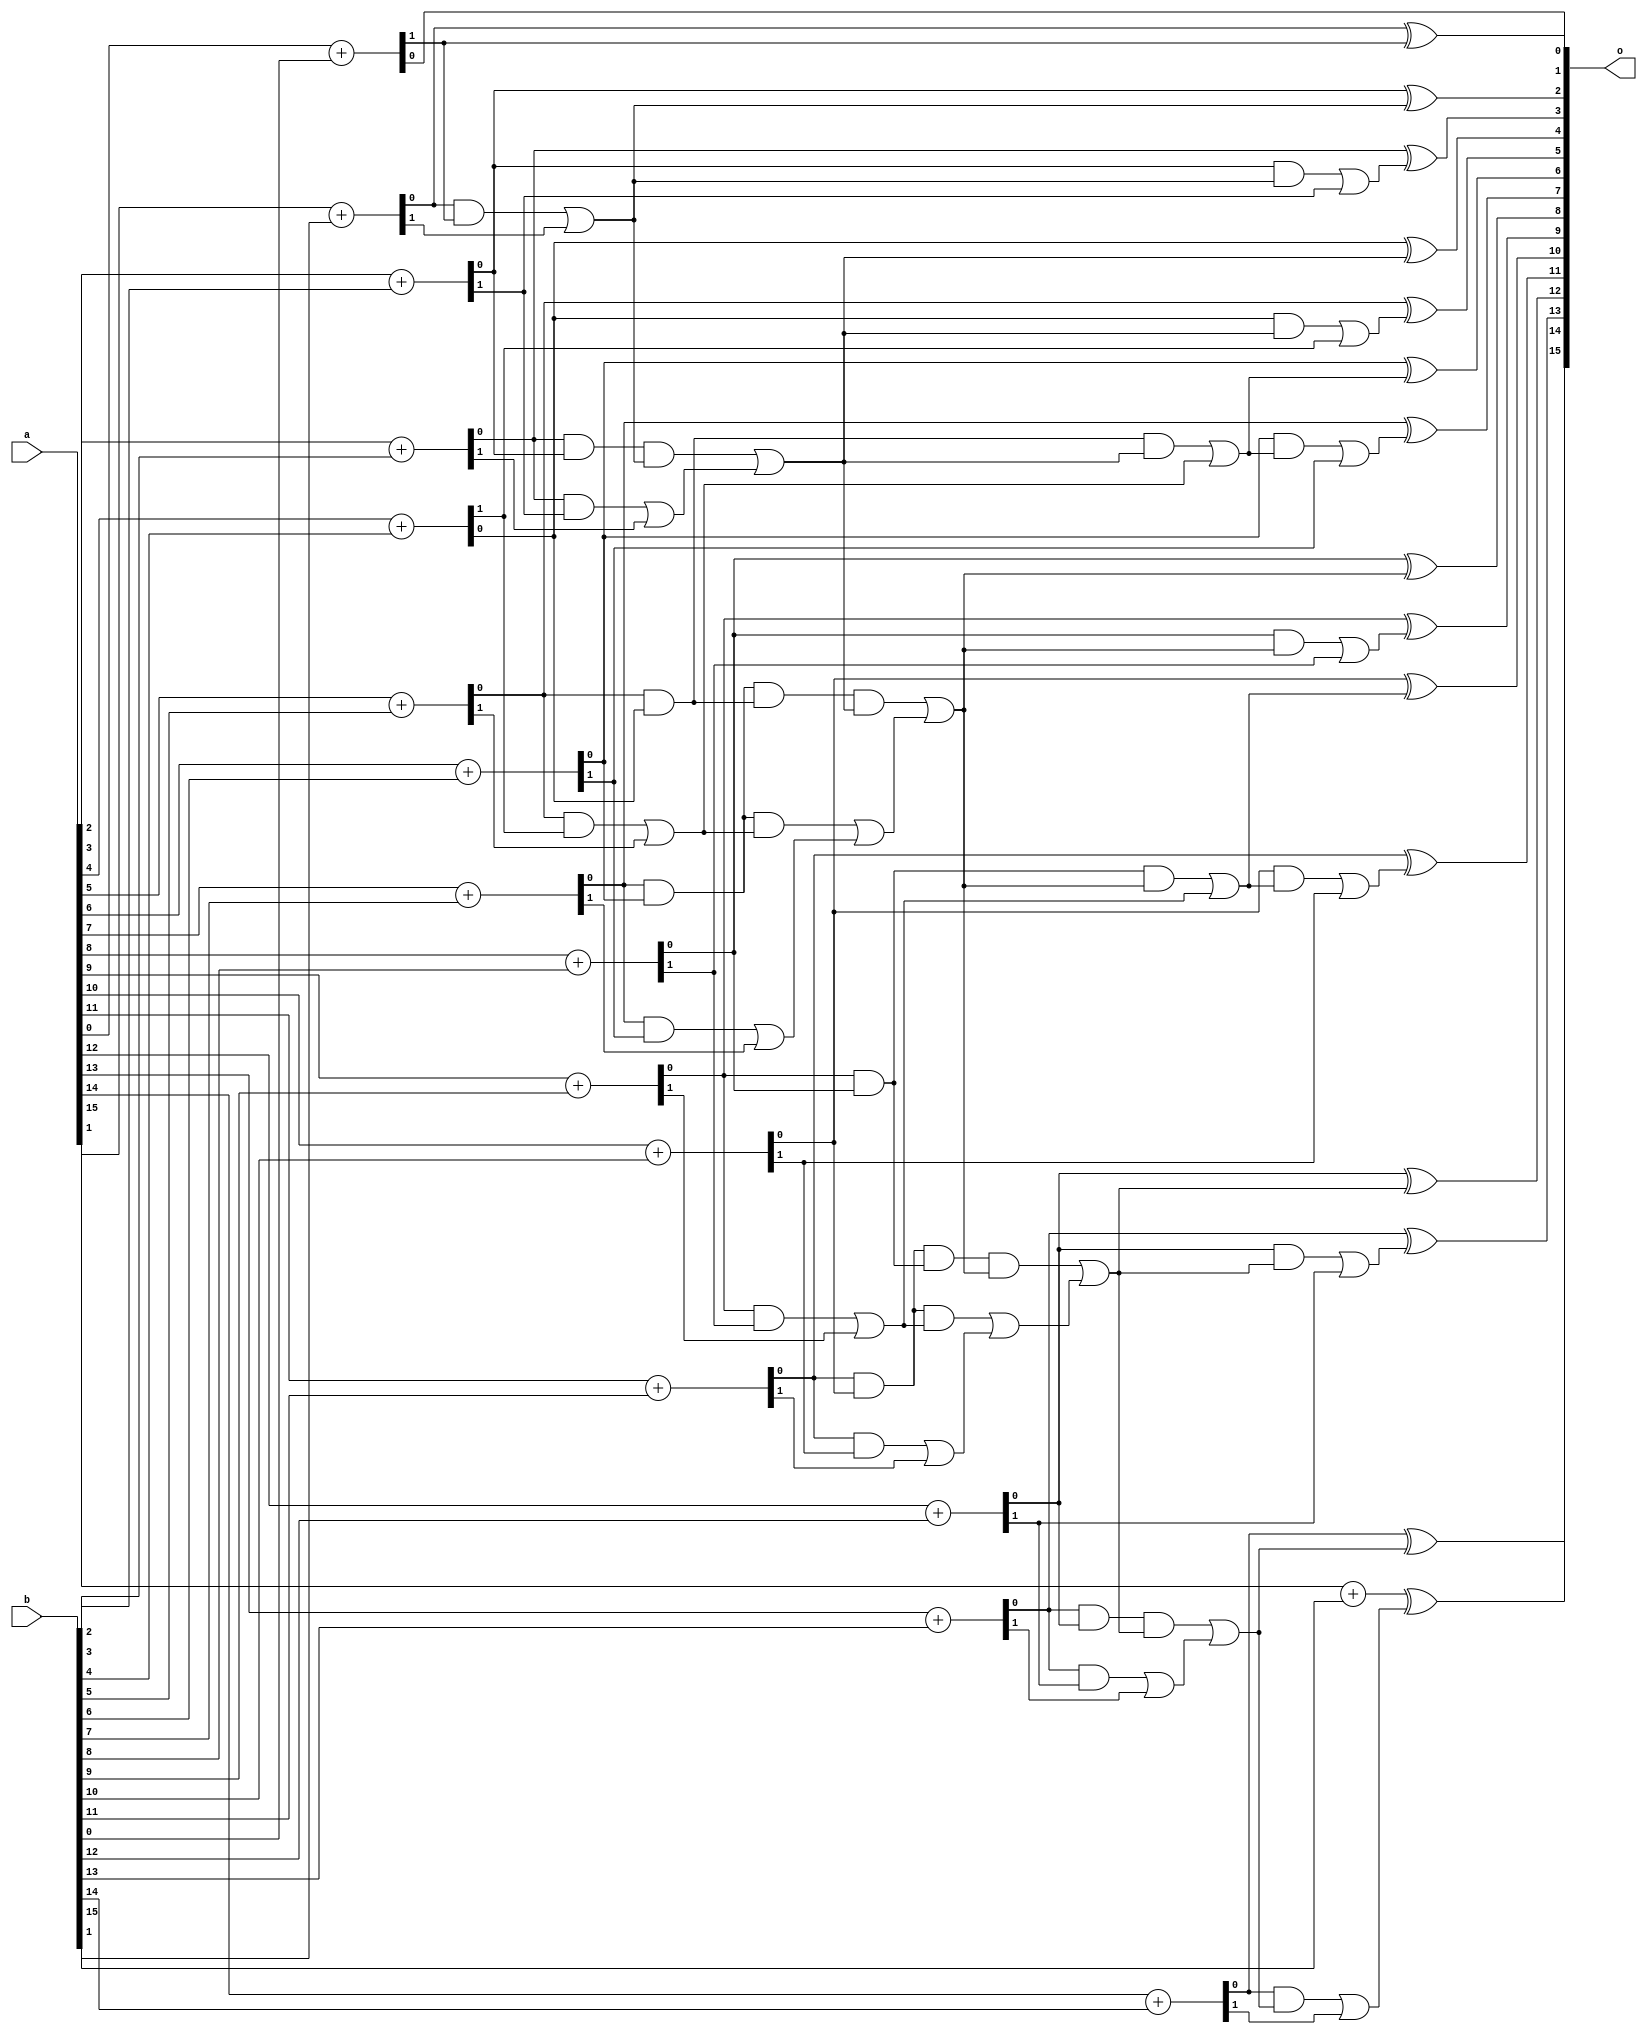
/* Generated by Yosys 0.34 (git sha1 4a1b5599258, gcc 13.2.1 -march=x86-64 -mtune=generic -O2 -fno-plt -fexceptions -fstack-clash-protection -fcf-protection -ffile-prefix-map=/build/yosys/src=/usr/src/debug/yosys -fPIC -Os) */

module final_adder_3(b, o, a);
  wire \$100 ;
  wire \$102 ;
  wire \$105 ;
  wire \$108 ;
  wire \$110 ;
  wire \$113 ;
  wire \$116 ;
  wire \$118 ;
  wire [1:0] \$12 ;
  wire \$121 ;
  wire \$124 ;
  wire \$126 ;
  wire \$129 ;
  wire \$132 ;
  wire \$134 ;
  wire \$137 ;
  wire \$140 ;
  wire \$142 ;
  wire \$145 ;
  wire \$148 ;
  wire \$150 ;
  wire \$153 ;
  wire \$156 ;
  wire \$158 ;
  wire [1:0] \$16 ;
  wire \$161 ;
  wire \$164 ;
  wire \$166 ;
  wire \$169 ;
  wire \$172 ;
  wire \$174 ;
  wire \$177 ;
  wire \$180 ;
  wire \$182 ;
  wire \$185 ;
  wire \$188 ;
  wire \$190 ;
  wire \$193 ;
  wire \$196 ;
  wire \$198 ;
  wire [1:0] \$20 ;
  wire \$201 ;
  wire \$203 ;
  wire \$206 ;
  wire \$208 ;
  wire \$211 ;
  wire \$213 ;
  wire \$216 ;
  wire \$218 ;
  wire \$221 ;
  wire \$223 ;
  wire \$226 ;
  wire \$228 ;
  wire \$231 ;
  wire \$233 ;
  wire \$236 ;
  wire \$238 ;
  wire [1:0] \$24 ;
  wire \$241 ;
  wire \$243 ;
  wire \$246 ;
  wire \$248 ;
  wire \$251 ;
  wire \$253 ;
  wire \$256 ;
  wire \$258 ;
  wire \$260 ;
  wire \$262 ;
  wire \$264 ;
  wire \$266 ;
  wire \$268 ;
  wire \$270 ;
  wire \$272 ;
  wire \$274 ;
  wire \$276 ;
  wire \$278 ;
  wire [1:0] \$28 ;
  wire \$280 ;
  wire \$282 ;
  wire \$284 ;
  wire \$286 ;
  wire [1:0] \$32 ;
  wire [1:0] \$36 ;
  wire [1:0] \$4 ;
  wire [1:0] \$40 ;
  wire [1:0] \$44 ;
  wire [1:0] \$48 ;
  wire [1:0] \$52 ;
  wire [1:0] \$56 ;
  wire [1:0] \$60 ;
  wire [1:0] \$64 ;
  wire [1:0] \$8 ;
  wire \$82 ;
  wire \$84 ;
  wire \$86 ;
  wire \$89 ;
  wire \$92 ;
  wire \$94 ;
  wire \$97 ;
  wire \$signal ;
  wire \$signal$10 ;
  wire \$signal$11 ;
  wire \$signal$14 ;
  wire \$signal$15 ;
  wire \$signal$18 ;
  wire \$signal$19 ;
  wire \$signal$22 ;
  wire \$signal$23 ;
  wire \$signal$26 ;
  wire \$signal$27 ;
  wire \$signal$3 ;
  wire \$signal$30 ;
  wire \$signal$31 ;
  wire \$signal$34 ;
  wire \$signal$35 ;
  wire \$signal$38 ;
  wire \$signal$39 ;
  wire \$signal$42 ;
  wire \$signal$43 ;
  wire \$signal$46 ;
  wire \$signal$47 ;
  wire \$signal$50 ;
  wire \$signal$51 ;
  wire \$signal$54 ;
  wire \$signal$55 ;
  wire \$signal$58 ;
  wire \$signal$59 ;
  wire \$signal$6 ;
  wire \$signal$62 ;
  wire \$signal$63 ;
  wire \$signal$66 ;
  wire \$signal$67 ;
  wire \$signal$68 ;
  wire \$signal$69 ;
  wire \$signal$7 ;
  wire \$signal$70 ;
  wire \$signal$71 ;
  wire \$signal$72 ;
  wire \$signal$73 ;
  wire \$signal$74 ;
  wire \$signal$75 ;
  wire \$signal$76 ;
  wire \$signal$77 ;
  wire \$signal$78 ;
  wire \$signal$79 ;
  wire \$signal$80 ;
  wire \$signal$81 ;
  input [15:0] a;
  wire [15:0] a;
  wire [15:0] \a$1 ;
  input [15:0] b;
  wire [15:0] b;
  wire [15:0] \b$2 ;
  wire g_new;
  wire \g_new$107 ;
  wire \g_new$115 ;
  wire \g_new$123 ;
  wire \g_new$131 ;
  wire \g_new$139 ;
  wire \g_new$147 ;
  wire \g_new$155 ;
  wire \g_new$163 ;
  wire \g_new$171 ;
  wire \g_new$179 ;
  wire \g_new$187 ;
  wire \g_new$195 ;
  wire \g_new$200 ;
  wire \g_new$205 ;
  wire \g_new$210 ;
  wire \g_new$215 ;
  wire \g_new$220 ;
  wire \g_new$225 ;
  wire \g_new$230 ;
  wire \g_new$235 ;
  wire \g_new$240 ;
  wire \g_new$245 ;
  wire \g_new$250 ;
  wire \g_new$91 ;
  wire \g_new$99 ;
  output [15:0] o;
  wire [15:0] o;
  wire [15:0] \o$255 ;
  wire [15:0] o2;
  wire p_new;
  wire \p_new$104 ;
  wire \p_new$112 ;
  wire \p_new$120 ;
  wire \p_new$128 ;
  wire \p_new$136 ;
  wire \p_new$144 ;
  wire \p_new$152 ;
  wire \p_new$160 ;
  wire \p_new$168 ;
  wire \p_new$176 ;
  wire \p_new$184 ;
  wire \p_new$192 ;
  wire \p_new$88 ;
  wire \p_new$96 ;
  assign \$100  = \$signal$22  & \$signal$19 ;
  assign \$102  = \$100  | \$signal$23 ;
  assign \$105  = \$signal$30  & \$signal$26 ;
  assign \$108  = \$signal$30  & \$signal$27 ;
  assign \$110  = \$108  | \$signal$31 ;
  assign \$113  = \$signal$38  & \$signal$34 ;
  assign \$116  = \$signal$38  & \$signal$35 ;
  assign \$118  = \$116  | \$signal$39 ;
  assign \$121  = \$signal$46  & \$signal$42 ;
  assign \$124  = \$signal$46  & \$signal$43 ;
  assign \$126  = \$124  | \$signal$47 ;
  assign \$12  = \a$1 [2] + \b$2 [2];
  assign \$129  = \$signal$54  & \$signal$50 ;
  assign \$132  = \$signal$54  & \$signal$51 ;
  assign \$134  = \$132  | \$signal$55 ;
  assign \$137  = \$signal$62  & \$signal$58 ;
  assign \$140  = \$signal$62  & \$signal$59 ;
  assign \$142  = \$140  | \$signal$63 ;
  assign \$145  = \p_new$88  & p_new;
  assign \$148  = \p_new$88  & g_new;
  assign \$150  = \$148  | \g_new$91 ;
  assign \$153  = \p_new$104  & \p_new$96 ;
  assign \$156  = \p_new$104  & \g_new$99 ;
  assign \$158  = \$156  | \g_new$107 ;
  assign \$161  = \p_new$120  & \p_new$112 ;
  assign \$164  = \p_new$120  & \g_new$115 ;
  assign \$166  = \$164  | \g_new$123 ;
  assign \$16  = \a$1 [3] + \b$2 [3];
  assign \$169  = \p_new$136  & \p_new$128 ;
  assign \$172  = \p_new$136  & \g_new$131 ;
  assign \$174  = \$172  | \g_new$139 ;
  assign \$177  = \p_new$152  & \p_new$144 ;
  assign \$180  = \p_new$152  & \g_new$147 ;
  assign \$182  = \$180  | \g_new$155 ;
  assign \$185  = \p_new$168  & \p_new$160 ;
  assign \$188  = \p_new$168  & \g_new$163 ;
  assign \$190  = \$188  | \g_new$171 ;
  assign \$193  = \p_new$184  & \p_new$176 ;
  assign \$196  = \p_new$184  & \g_new$179 ;
  assign \$198  = \$196  | \g_new$187 ;
  assign \$201  = \p_new$160  & \g_new$179 ;
  assign \$203  = \$201  | \g_new$163 ;
  assign \$206  = \p_new$96  & \g_new$147 ;
  assign \$208  = \$206  | \g_new$99 ;
  assign \$20  = \a$1 [4] + \b$2 [4];
  assign \$211  = \p_new$112  & \g_new$179 ;
  assign \$213  = \$211  | \g_new$115 ;
  assign \$216  = \p_new$128  & \g_new$200 ;
  assign \$218  = \$216  | \g_new$131 ;
  assign \$221  = \$signal$10  & g_new;
  assign \$223  = \$221  | \$signal$11 ;
  assign \$226  = \$signal$18  & \g_new$147 ;
  assign \$228  = \$226  | \$signal$19 ;
  assign \$231  = \$signal$26  & \g_new$205 ;
  assign \$233  = \$231  | \$signal$27 ;
  assign \$236  = \$signal$34  & \g_new$179 ;
  assign \$238  = \$236  | \$signal$35 ;
  assign \$241  = \$signal$42  & \g_new$210 ;
  assign \$243  = \$241  | \$signal$43 ;
  assign \$246  = \$signal$50  & \g_new$200 ;
  assign \$248  = \$246  | \$signal$51 ;
  assign \$24  = \a$1 [5] + \b$2 [5];
  assign \$251  = \$signal$58  & \g_new$215 ;
  assign \$253  = \$251  | \$signal$59 ;
  assign \$258  = \$signal$67  ^ \$signal$3 ;
  assign \$260  = \$signal$68  ^ g_new;
  assign \$262  = \$signal$69  ^ \g_new$220 ;
  assign \$264  = \$signal$70  ^ \g_new$147 ;
  assign \$266  = \$signal$71  ^ \g_new$225 ;
  assign \$268  = \$signal$72  ^ \g_new$205 ;
  assign \$270  = \$signal$73  ^ \g_new$230 ;
  assign \$272  = \$signal$74  ^ \g_new$179 ;
  assign \$274  = \$signal$75  ^ \g_new$235 ;
  assign \$276  = \$signal$76  ^ \g_new$210 ;
  assign \$278  = \$signal$77  ^ \g_new$240 ;
  assign \$280  = \$signal$78  ^ \g_new$200 ;
  assign \$282  = \$signal$79  ^ \g_new$245 ;
  assign \$284  = \$signal$80  ^ \g_new$215 ;
  assign \$286  = \$signal$81  ^ \g_new$250 ;
  assign \$28  = \a$1 [6] + \b$2 [6];
  assign \$32  = \a$1 [7] + \b$2 [7];
  assign \$36  = \a$1 [8] + \b$2 [8];
  assign \$40  = \a$1 [9] + \b$2 [9];
  assign \$44  = \a$1 [10] + \b$2 [10];
  assign \$48  = \a$1 [11] + \b$2 [11];
  assign \$4  = \a$1 [0] + \b$2 [0];
  assign \$52  = \a$1 [12] + \b$2 [12];
  assign \$56  = \a$1 [13] + \b$2 [13];
  assign \$60  = \a$1 [14] + \b$2 [14];
  assign \$64  = \a$1 [15] + \b$2 [15];
  assign \$82  = \$signal$6  & \$signal ;
  assign \$84  = \$signal$6  & \$signal$3 ;
  assign \$86  = \$84  | \$signal$7 ;
  assign \$8  = \a$1 [1] + \b$2 [1];
  assign \$89  = \$signal$14  & \$signal$10 ;
  assign \$92  = \$signal$14  & \$signal$11 ;
  assign \$94  = \$92  | \$signal$15 ;
  assign \$97  = \$signal$22  & \$signal$18 ;
  assign o = o2;
  assign o2 = \o$255 ;
  assign \o$255 [15] = \$286 ;
  assign \o$255 [14] = \$284 ;
  assign \o$255 [13] = \$282 ;
  assign \o$255 [12] = \$280 ;
  assign \o$255 [11] = \$278 ;
  assign \o$255 [10] = \$276 ;
  assign \o$255 [9] = \$274 ;
  assign \o$255 [8] = \$272 ;
  assign \o$255 [7] = \$270 ;
  assign \o$255 [6] = \$268 ;
  assign \o$255 [5] = \$266 ;
  assign \o$255 [4] = \$264 ;
  assign \o$255 [3] = \$262 ;
  assign \o$255 [2] = \$260 ;
  assign \o$255 [1] = \$258 ;
  assign \o$255 [0] = \$256 ;
  assign \g_new$250  = \$253 ;
  assign \g_new$245  = \$248 ;
  assign \g_new$240  = \$243 ;
  assign \g_new$235  = \$238 ;
  assign \g_new$230  = \$233 ;
  assign \g_new$225  = \$228 ;
  assign \g_new$220  = \$223 ;
  assign \g_new$215  = \$218 ;
  assign \g_new$210  = \$213 ;
  assign \g_new$205  = \$208 ;
  assign \g_new$200  = \$203 ;
  assign \g_new$195  = \$198 ;
  assign \p_new$192  = \$193 ;
  assign \g_new$187  = \$190 ;
  assign \p_new$184  = \$185 ;
  assign \g_new$179  = \$182 ;
  assign \p_new$176  = \$177 ;
  assign \g_new$171  = \$174 ;
  assign \p_new$168  = \$169 ;
  assign \g_new$163  = \$166 ;
  assign \p_new$160  = \$161 ;
  assign \g_new$155  = \$158 ;
  assign \p_new$152  = \$153 ;
  assign \g_new$147  = \$150 ;
  assign \p_new$144  = \$145 ;
  assign \g_new$139  = \$142 ;
  assign \p_new$136  = \$137 ;
  assign \g_new$131  = \$134 ;
  assign \p_new$128  = \$129 ;
  assign \g_new$123  = \$126 ;
  assign \p_new$120  = \$121 ;
  assign \g_new$115  = \$118 ;
  assign \p_new$112  = \$113 ;
  assign \g_new$107  = \$110 ;
  assign \p_new$104  = \$105 ;
  assign \g_new$99  = \$102 ;
  assign \p_new$96  = \$97 ;
  assign \g_new$91  = \$94 ;
  assign \p_new$88  = \$89 ;
  assign g_new = \$86 ;
  assign p_new = \$82 ;
  assign \$signal$81  = \$signal$62 ;
  assign \$signal$80  = \$signal$58 ;
  assign \$signal$79  = \$signal$54 ;
  assign \$signal$78  = \$signal$50 ;
  assign \$signal$77  = \$signal$46 ;
  assign \$signal$76  = \$signal$42 ;
  assign \$signal$75  = \$signal$38 ;
  assign \$signal$74  = \$signal$34 ;
  assign \$signal$73  = \$signal$30 ;
  assign \$signal$72  = \$signal$26 ;
  assign \$signal$71  = \$signal$22 ;
  assign \$signal$70  = \$signal$18 ;
  assign \$signal$69  = \$signal$14 ;
  assign \$signal$68  = \$signal$10 ;
  assign \$signal$67  = \$signal$6 ;
  assign \$signal$66  = \$signal ;
  assign { \$signal$63 , \$signal$62  } = \$64 ;
  assign { \$signal$59 , \$signal$58  } = \$60 ;
  assign { \$signal$55 , \$signal$54  } = \$56 ;
  assign { \$signal$51 , \$signal$50  } = \$52 ;
  assign { \$signal$47 , \$signal$46  } = \$48 ;
  assign { \$signal$43 , \$signal$42  } = \$44 ;
  assign { \$signal$39 , \$signal$38  } = \$40 ;
  assign { \$signal$35 , \$signal$34  } = \$36 ;
  assign { \$signal$31 , \$signal$30  } = \$32 ;
  assign { \$signal$27 , \$signal$26  } = \$28 ;
  assign { \$signal$23 , \$signal$22  } = \$24 ;
  assign { \$signal$19 , \$signal$18  } = \$20 ;
  assign { \$signal$15 , \$signal$14  } = \$16 ;
  assign { \$signal$11 , \$signal$10  } = \$12 ;
  assign { \$signal$7 , \$signal$6  } = \$8 ;
  assign { \$signal$3 , \$signal  } = \$4 ;
  assign \b$2  = b;
  assign \a$1  = a;
  assign \$256  = \$4 [0];
endmodule

module multiplier_3(b, o, a);
  wire \$1 ;
  wire \$100 ;
  wire \$103 ;
  wire \$105 ;
  wire \$107 ;
  wire \$11 ;
  wire \$110 ;
  wire \$113 ;
  wire \$115 ;
  wire \$117 ;
  wire \$119 ;
  wire \$122 ;
  wire \$125 ;
  wire \$127 ;
  wire \$129 ;
  wire \$13 ;
  wire \$131 ;
  wire \$134 ;
  wire \$136 ;
  wire \$138 ;
  wire \$140 ;
  wire \$143 ;
  wire \$145 ;
  wire \$147 ;
  wire \$149 ;
  wire \$15 ;
  wire \$152 ;
  wire \$154 ;
  wire \$156 ;
  wire \$158 ;
  wire \$161 ;
  wire \$163 ;
  wire \$165 ;
  wire \$167 ;
  wire \$17 ;
  wire \$170 ;
  wire \$172 ;
  wire \$174 ;
  wire \$176 ;
  wire \$179 ;
  wire \$181 ;
  wire \$183 ;
  wire \$185 ;
  wire \$188 ;
  wire \$190 ;
  wire \$192 ;
  wire \$194 ;
  wire \$197 ;
  wire \$199 ;
  wire \$20 ;
  wire \$201 ;
  wire \$203 ;
  wire \$206 ;
  wire \$209 ;
  wire \$211 ;
  wire \$213 ;
  wire \$216 ;
  wire \$219 ;
  wire \$22 ;
  wire \$221 ;
  wire \$223 ;
  wire \$225 ;
  wire \$228 ;
  wire \$231 ;
  wire \$233 ;
  wire \$235 ;
  wire \$237 ;
  wire \$24 ;
  wire \$240 ;
  wire \$242 ;
  wire \$244 ;
  wire \$246 ;
  wire \$249 ;
  wire \$251 ;
  wire \$253 ;
  wire \$255 ;
  wire \$258 ;
  wire \$26 ;
  wire \$260 ;
  wire \$262 ;
  wire \$264 ;
  wire \$267 ;
  wire \$269 ;
  wire \$271 ;
  wire \$273 ;
  wire \$276 ;
  wire \$278 ;
  wire \$280 ;
  wire \$282 ;
  wire \$285 ;
  wire \$287 ;
  wire \$289 ;
  wire \$29 ;
  wire \$291 ;
  wire \$294 ;
  wire \$296 ;
  wire \$298 ;
  wire \$3 ;
  wire \$300 ;
  wire \$303 ;
  wire \$305 ;
  wire \$307 ;
  wire \$309 ;
  wire \$31 ;
  wire \$312 ;
  wire \$315 ;
  wire \$317 ;
  wire \$319 ;
  wire \$322 ;
  wire \$325 ;
  wire \$327 ;
  wire \$329 ;
  wire \$33 ;
  wire \$331 ;
  wire \$334 ;
  wire \$337 ;
  wire \$339 ;
  wire \$341 ;
  wire \$343 ;
  wire \$346 ;
  wire \$348 ;
  wire \$35 ;
  wire \$350 ;
  wire \$352 ;
  wire \$355 ;
  wire \$357 ;
  wire \$359 ;
  wire \$361 ;
  wire \$364 ;
  wire \$366 ;
  wire \$368 ;
  wire \$370 ;
  wire \$373 ;
  wire \$375 ;
  wire \$377 ;
  wire \$379 ;
  wire \$38 ;
  wire \$382 ;
  wire \$384 ;
  wire \$386 ;
  wire \$388 ;
  wire \$391 ;
  wire \$393 ;
  wire \$395 ;
  wire \$397 ;
  wire \$40 ;
  wire \$400 ;
  wire \$402 ;
  wire \$404 ;
  wire \$406 ;
  wire \$409 ;
  wire \$411 ;
  wire \$413 ;
  wire \$415 ;
  wire \$418 ;
  wire \$42 ;
  wire \$421 ;
  wire \$423 ;
  wire \$425 ;
  wire \$428 ;
  wire \$431 ;
  wire \$433 ;
  wire \$435 ;
  wire \$437 ;
  wire \$44 ;
  wire \$440 ;
  wire \$443 ;
  wire \$445 ;
  wire \$447 ;
  wire \$449 ;
  wire \$452 ;
  wire \$454 ;
  wire \$456 ;
  wire \$458 ;
  wire \$461 ;
  wire \$463 ;
  wire \$465 ;
  wire \$467 ;
  wire \$47 ;
  wire \$470 ;
  wire \$472 ;
  wire \$474 ;
  wire \$476 ;
  wire \$479 ;
  wire \$481 ;
  wire \$483 ;
  wire \$485 ;
  wire \$488 ;
  wire \$49 ;
  wire \$490 ;
  wire \$492 ;
  wire \$494 ;
  wire \$497 ;
  wire \$499 ;
  wire \$5 ;
  wire \$501 ;
  wire \$503 ;
  wire \$506 ;
  wire \$508 ;
  wire \$51 ;
  wire \$510 ;
  wire \$512 ;
  wire \$515 ;
  wire \$517 ;
  wire \$519 ;
  wire \$521 ;
  wire \$524 ;
  wire [1:0] \$526 ;
  wire \$53 ;
  wire [1:0] \$530 ;
  wire [2:0] \$534 ;
  wire [1:0] \$535 ;
  wire [2:0] \$537 ;
  wire [2:0] \$541 ;
  wire [1:0] \$542 ;
  wire [2:0] \$544 ;
  wire [2:0] \$548 ;
  wire [1:0] \$549 ;
  wire [2:0] \$551 ;
  wire [2:0] \$555 ;
  wire [1:0] \$556 ;
  wire [2:0] \$558 ;
  wire \$56 ;
  wire [1:0] \$562 ;
  wire [1:0] \$566 ;
  wire [1:0] \$570 ;
  wire [2:0] \$574 ;
  wire [1:0] \$575 ;
  wire [2:0] \$577 ;
  wire \$58 ;
  wire [2:0] \$581 ;
  wire [1:0] \$582 ;
  wire [2:0] \$584 ;
  wire [2:0] \$588 ;
  wire [1:0] \$589 ;
  wire [2:0] \$591 ;
  wire [2:0] \$595 ;
  wire [1:0] \$596 ;
  wire [2:0] \$598 ;
  wire \$60 ;
  wire [2:0] \$602 ;
  wire [1:0] \$603 ;
  wire [2:0] \$605 ;
  wire [2:0] \$609 ;
  wire [1:0] \$610 ;
  wire [2:0] \$612 ;
  wire [2:0] \$616 ;
  wire [1:0] \$617 ;
  wire [2:0] \$619 ;
  wire \$62 ;
  wire [2:0] \$623 ;
  wire [1:0] \$624 ;
  wire [2:0] \$626 ;
  wire [1:0] \$630 ;
  wire [1:0] \$634 ;
  wire [1:0] \$638 ;
  wire [2:0] \$642 ;
  wire [1:0] \$643 ;
  wire [2:0] \$645 ;
  wire [2:0] \$649 ;
  wire \$65 ;
  wire [1:0] \$650 ;
  wire [2:0] \$652 ;
  wire [2:0] \$656 ;
  wire [1:0] \$657 ;
  wire [2:0] \$659 ;
  wire [2:0] \$663 ;
  wire [1:0] \$664 ;
  wire [2:0] \$666 ;
  wire \$67 ;
  wire [2:0] \$670 ;
  wire [1:0] \$671 ;
  wire [2:0] \$673 ;
  wire [2:0] \$677 ;
  wire [1:0] \$678 ;
  wire [2:0] \$680 ;
  wire [2:0] \$684 ;
  wire [1:0] \$685 ;
  wire [2:0] \$687 ;
  wire \$69 ;
  wire [2:0] \$691 ;
  wire [1:0] \$692 ;
  wire [2:0] \$694 ;
  wire [2:0] \$698 ;
  wire [1:0] \$699 ;
  wire \$7 ;
  wire [2:0] \$701 ;
  wire [2:0] \$705 ;
  wire [1:0] \$706 ;
  wire [2:0] \$708 ;
  wire \$71 ;
  wire [2:0] \$712 ;
  wire [1:0] \$713 ;
  wire [2:0] \$715 ;
  wire [2:0] \$719 ;
  wire [1:0] \$720 ;
  wire [2:0] \$722 ;
  wire [1:0] \$726 ;
  wire \$74 ;
  wire \$76 ;
  wire \$78 ;
  wire \$80 ;
  wire \$83 ;
  wire \$85 ;
  wire \$87 ;
  wire \$89 ;
  wire \$9 ;
  wire \$92 ;
  wire \$94 ;
  wire \$96 ;
  wire \$98 ;
  input [7:0] a;
  wire [7:0] a;
  wire [7:0] a_registered;
  input [7:0] b;
  wire [7:0] b;
  wire [7:0] b_registered;
  wire booth_b0_m0;
  wire booth_b0_m1;
  wire booth_b0_m2;
  wire booth_b0_m3;
  wire booth_b0_m4;
  wire booth_b0_m5;
  wire booth_b0_m6;
  wire booth_b0_m7;
  wire booth_b0_m8;
  wire booth_b2_m0;
  wire booth_b2_m1;
  wire booth_b2_m2;
  wire booth_b2_m3;
  wire booth_b2_m4;
  wire booth_b2_m5;
  wire booth_b2_m6;
  wire booth_b2_m7;
  wire booth_b2_m8;
  wire booth_b4_m0;
  wire booth_b4_m1;
  wire booth_b4_m2;
  wire booth_b4_m3;
  wire booth_b4_m4;
  wire booth_b4_m5;
  wire booth_b4_m6;
  wire booth_b4_m7;
  wire booth_b4_m8;
  wire booth_b6_m0;
  wire booth_b6_m1;
  wire booth_b6_m2;
  wire booth_b6_m3;
  wire booth_b6_m4;
  wire booth_b6_m5;
  wire booth_b6_m6;
  wire booth_b6_m7;
  wire booth_b6_m8;
  wire booth_b8_m0;
  wire booth_b8_m1;
  wire booth_b8_m2;
  wire booth_b8_m3;
  wire booth_b8_m4;
  wire booth_b8_m5;
  wire booth_b8_m6;
  wire booth_b8_m7;
  wire booth_b8_m8;
  wire [2:0] booth_block0;
  wire [1:0] booth_block0_mand0;
  wire [1:0] booth_block0_mand1;
  wire [1:0] booth_block0_mand2;
  wire [1:0] booth_block0_mand3;
  wire [1:0] booth_block0_mand4;
  wire [1:0] booth_block0_mand5;
  wire [1:0] booth_block0_mand6;
  wire [1:0] booth_block0_mand7;
  wire [1:0] booth_block0_mand8;
  wire [1:0] booth_block0_sel;
  wire booth_block0_sign;
  wire [2:0] booth_block2;
  wire [1:0] booth_block2_mand0;
  wire [1:0] booth_block2_mand1;
  wire [1:0] booth_block2_mand2;
  wire [1:0] booth_block2_mand3;
  wire [1:0] booth_block2_mand4;
  wire [1:0] booth_block2_mand5;
  wire [1:0] booth_block2_mand6;
  wire [1:0] booth_block2_mand7;
  wire [1:0] booth_block2_mand8;
  wire [1:0] booth_block2_sel;
  wire booth_block2_sign;
  wire [2:0] booth_block4;
  wire [1:0] booth_block4_mand0;
  wire [1:0] booth_block4_mand1;
  wire [1:0] booth_block4_mand2;
  wire [1:0] booth_block4_mand3;
  wire [1:0] booth_block4_mand4;
  wire [1:0] booth_block4_mand5;
  wire [1:0] booth_block4_mand6;
  wire [1:0] booth_block4_mand7;
  wire [1:0] booth_block4_mand8;
  wire [1:0] booth_block4_sel;
  wire booth_block4_sign;
  wire [2:0] booth_block6;
  wire [1:0] booth_block6_mand0;
  wire [1:0] booth_block6_mand1;
  wire [1:0] booth_block6_mand2;
  wire [1:0] booth_block6_mand3;
  wire [1:0] booth_block6_mand4;
  wire [1:0] booth_block6_mand5;
  wire [1:0] booth_block6_mand6;
  wire [1:0] booth_block6_mand7;
  wire [1:0] booth_block6_mand8;
  wire [1:0] booth_block6_sel;
  wire booth_block6_sign;
  wire [2:0] booth_block8;
  wire [1:0] booth_block8_mand0;
  wire [1:0] booth_block8_mand1;
  wire [1:0] booth_block8_mand2;
  wire [1:0] booth_block8_mand3;
  wire [1:0] booth_block8_mand4;
  wire [1:0] booth_block8_mand5;
  wire [1:0] booth_block8_mand6;
  wire [1:0] booth_block8_mand7;
  wire [1:0] booth_block8_mand8;
  wire [1:0] booth_block8_sel;
  wire booth_block8_sign;
  wire c;
  wire \c$529 ;
  wire \c$533 ;
  wire \c$540 ;
  wire \c$547 ;
  wire \c$554 ;
  wire \c$561 ;
  wire \c$565 ;
  wire \c$569 ;
  wire \c$573 ;
  wire \c$580 ;
  wire \c$587 ;
  wire \c$594 ;
  wire \c$601 ;
  wire \c$608 ;
  wire \c$615 ;
  wire \c$622 ;
  wire \c$629 ;
  wire \c$633 ;
  wire \c$637 ;
  wire \c$641 ;
  wire \c$648 ;
  wire \c$655 ;
  wire \c$662 ;
  wire \c$669 ;
  wire \c$676 ;
  wire \c$683 ;
  wire \c$690 ;
  wire \c$697 ;
  wire \c$704 ;
  wire \c$711 ;
  wire \c$718 ;
  wire \c$725 ;
  wire [15:0] final_a_registered;
  wire [15:0] final_adder_a;
  wire [15:0] final_adder_b;
  wire [15:0] final_adder_o;
  wire [15:0] final_b_registered;
  wire [9:0] multiplicand;
  wire [10:0] multiplier;
  wire [2:0] notblock;
  wire [2:0] \notblock$102 ;
  wire [2:0] \notblock$208 ;
  wire [2:0] \notblock$314 ;
  wire [2:0] \notblock$420 ;
  wire notsign;
  wire \notsign$205 ;
  wire \notsign$311 ;
  wire \notsign$417 ;
  wire \notsign$523 ;
  output [15:0] o;
  wire [15:0] o;
  wire pp_row0_0;
  wire pp_row0_1;
  wire pp_row10_0;
  wire pp_row10_1;
  wire pp_row10_2;
  wire pp_row10_3;
  wire pp_row10_4;
  wire pp_row11_0;
  wire pp_row11_1;
  wire pp_row11_2;
  wire pp_row11_3;
  wire pp_row11_4;
  wire pp_row12_0;
  wire pp_row12_1;
  wire pp_row12_2;
  wire pp_row12_3;
  wire pp_row13_0;
  wire pp_row13_1;
  wire pp_row13_2;
  wire pp_row14_0;
  wire pp_row14_1;
  wire pp_row14_2;
  wire pp_row15_0;
  wire pp_row15_1;
  wire pp_row16_0;
  wire pp_row16_1;
  wire pp_row1_0;
  wire pp_row2_0;
  wire pp_row2_1;
  wire pp_row2_2;
  wire pp_row3_0;
  wire pp_row3_1;
  wire pp_row4_0;
  wire pp_row4_1;
  wire pp_row4_2;
  wire pp_row4_3;
  wire pp_row5_0;
  wire pp_row5_1;
  wire pp_row5_2;
  wire pp_row6_0;
  wire pp_row6_1;
  wire pp_row6_2;
  wire pp_row6_3;
  wire pp_row6_4;
  wire pp_row7_0;
  wire pp_row7_1;
  wire pp_row7_2;
  wire pp_row7_3;
  wire pp_row8_0;
  wire pp_row8_1;
  wire pp_row8_2;
  wire pp_row8_3;
  wire pp_row8_4;
  wire pp_row9_0;
  wire pp_row9_1;
  wire pp_row9_2;
  wire pp_row9_3;
  wire pp_row9_4;
  wire [15:0] result;
  wire [15:0] result_registered;
  wire s;
  wire \s$528 ;
  wire \s$532 ;
  wire \s$539 ;
  wire \s$546 ;
  wire \s$553 ;
  wire \s$560 ;
  wire \s$564 ;
  wire \s$568 ;
  wire \s$572 ;
  wire \s$579 ;
  wire \s$586 ;
  wire \s$593 ;
  wire \s$600 ;
  wire \s$607 ;
  wire \s$614 ;
  wire \s$621 ;
  wire \s$628 ;
  wire \s$632 ;
  wire \s$636 ;
  wire \s$640 ;
  wire \s$647 ;
  wire \s$654 ;
  wire \s$661 ;
  wire \s$668 ;
  wire \s$675 ;
  wire \s$682 ;
  wire \s$689 ;
  wire \s$696 ;
  wire \s$703 ;
  wire \s$710 ;
  wire \s$717 ;
  wire \s$724 ;
  wire sel_0;
  wire \sel_0$112 ;
  wire \sel_0$218 ;
  wire \sel_0$324 ;
  wire \sel_0$430 ;
  wire sel_1;
  wire \sel_1$121 ;
  wire \sel_1$227 ;
  wire \sel_1$333 ;
  wire \sel_1$439 ;
  wire t;
  wire \t$109 ;
  wire \t$124 ;
  wire \t$133 ;
  wire \t$142 ;
  wire \t$151 ;
  wire \t$160 ;
  wire \t$169 ;
  wire \t$178 ;
  wire \t$187 ;
  wire \t$19 ;
  wire \t$196 ;
  wire \t$215 ;
  wire \t$230 ;
  wire \t$239 ;
  wire \t$248 ;
  wire \t$257 ;
  wire \t$266 ;
  wire \t$275 ;
  wire \t$28 ;
  wire \t$284 ;
  wire \t$293 ;
  wire \t$302 ;
  wire \t$321 ;
  wire \t$336 ;
  wire \t$345 ;
  wire \t$354 ;
  wire \t$363 ;
  wire \t$37 ;
  wire \t$372 ;
  wire \t$381 ;
  wire \t$390 ;
  wire \t$399 ;
  wire \t$408 ;
  wire \t$427 ;
  wire \t$442 ;
  wire \t$451 ;
  wire \t$46 ;
  wire \t$460 ;
  wire \t$469 ;
  wire \t$478 ;
  wire \t$487 ;
  wire \t$496 ;
  wire \t$505 ;
  wire \t$514 ;
  wire \t$55 ;
  wire \t$64 ;
  wire \t$73 ;
  wire \t$82 ;
  wire \t$91 ;
  assign \$9  = notblock[2] & booth_block0[1];
  assign \$100  = ~ booth_block0_sign;
  assign \$103  = ~ booth_block2[0];
  assign \$105  = ~ booth_block2[1];
  assign \$107  = ~ booth_block2[2];
  assign \$110  = booth_block2[2] & \notblock$102 [1];
  assign \$113  = \notblock$102 [2] & booth_block2[1];
  assign \$115  = \$113  & booth_block2[0];
  assign \$117  = \t$109  & \notblock$102 [0];
  assign \$119  = \$115  | \$117 ;
  assign \$122  = booth_block2[1] ^ booth_block2[0];
  assign \$127  = booth_block2_mand0[1] & booth_block2_sel[1];
  assign \$131  = \t$124  ^ booth_block2_sign;
  assign \$134  = booth_block2_mand1[0] & booth_block2_sel[0];
  assign \$136  = booth_block2_mand1[1] & booth_block2_sel[1];
  assign \$138  = \$134  | \$136 ;
  assign \$140  = \t$133  ^ booth_block2_sign;
  assign \$143  = booth_block2_mand2[0] & booth_block2_sel[0];
  assign \$145  = booth_block2_mand2[1] & booth_block2_sel[1];
  assign \$147  = \$143  | \$145 ;
  assign \$149  = \t$142  ^ booth_block2_sign;
  assign \$152  = booth_block2_mand3[0] & booth_block2_sel[0];
  assign \$154  = booth_block2_mand3[1] & booth_block2_sel[1];
  assign \$156  = \$152  | \$154 ;
  assign \$158  = \t$151  ^ booth_block2_sign;
  assign \$161  = booth_block2_mand4[0] & booth_block2_sel[0];
  assign \$163  = booth_block2_mand4[1] & booth_block2_sel[1];
  assign \$165  = \$161  | \$163 ;
  assign \$167  = \t$160  ^ booth_block2_sign;
  assign \$170  = booth_block2_mand5[0] & booth_block2_sel[0];
  assign \$172  = booth_block2_mand5[1] & booth_block2_sel[1];
  assign \$174  = \$170  | \$172 ;
  assign \$176  = \t$169  ^ booth_block2_sign;
  assign \$179  = booth_block2_mand6[0] & booth_block2_sel[0];
  assign \$181  = booth_block2_mand6[1] & booth_block2_sel[1];
  assign \$183  = \$179  | \$181 ;
  assign \$185  = \t$178  ^ booth_block2_sign;
  assign \$188  = booth_block2_mand7[0] & booth_block2_sel[0];
  assign \$190  = booth_block2_mand7[1] & booth_block2_sel[1];
  assign \$192  = \$188  | \$190 ;
  assign \$194  = \t$187  ^ booth_block2_sign;
  assign \$197  = booth_block2_mand8[0] & booth_block2_sel[0];
  assign \$203  = \t$196  ^ booth_block2_sign;
  assign \$206  = ~ booth_block2_sign;
  assign \$209  = ~ booth_block4[0];
  assign \$211  = ~ booth_block4[1];
  assign \$213  = ~ booth_block4[2];
  assign \$216  = booth_block4[2] & \notblock$208 [1];
  assign \$219  = \notblock$208 [2] & booth_block4[1];
  assign \$221  = \$219  & booth_block4[0];
  assign \$223  = \t$215  & \notblock$208 [0];
  assign \$225  = \$221  | \$223 ;
  assign \$228  = booth_block4[1] ^ booth_block4[0];
  assign \$22  = booth_block0_mand0[1] & booth_block0_sel[1];
  assign \$233  = booth_block4_mand0[1] & booth_block4_sel[1];
  assign \$237  = \t$230  ^ booth_block4_sign;
  assign \$240  = booth_block4_mand1[0] & booth_block4_sel[0];
  assign \$242  = booth_block4_mand1[1] & booth_block4_sel[1];
  assign \$244  = \$240  | \$242 ;
  assign \$246  = \t$239  ^ booth_block4_sign;
  assign \$249  = booth_block4_mand2[0] & booth_block4_sel[0];
  assign \$251  = booth_block4_mand2[1] & booth_block4_sel[1];
  assign \$253  = \$249  | \$251 ;
  assign \$255  = \t$248  ^ booth_block4_sign;
  assign \$258  = booth_block4_mand3[0] & booth_block4_sel[0];
  assign \$260  = booth_block4_mand3[1] & booth_block4_sel[1];
  assign \$262  = \$258  | \$260 ;
  assign \$264  = \t$257  ^ booth_block4_sign;
  assign \$267  = booth_block4_mand4[0] & booth_block4_sel[0];
  assign \$26  = \t$19  ^ booth_block0_sign;
  assign \$269  = booth_block4_mand4[1] & booth_block4_sel[1];
  assign \$271  = \$267  | \$269 ;
  assign \$273  = \t$266  ^ booth_block4_sign;
  assign \$276  = booth_block4_mand5[0] & booth_block4_sel[0];
  assign \$278  = booth_block4_mand5[1] & booth_block4_sel[1];
  assign \$280  = \$276  | \$278 ;
  assign \$282  = \t$275  ^ booth_block4_sign;
  assign \$285  = booth_block4_mand6[0] & booth_block4_sel[0];
  assign \$287  = booth_block4_mand6[1] & booth_block4_sel[1];
  assign \$289  = \$285  | \$287 ;
  assign \$291  = \t$284  ^ booth_block4_sign;
  assign \$294  = booth_block4_mand7[0] & booth_block4_sel[0];
  assign \$296  = booth_block4_mand7[1] & booth_block4_sel[1];
  assign \$298  = \$294  | \$296 ;
  assign \$29  = booth_block0_mand1[0] & booth_block0_sel[0];
  assign \$300  = \t$293  ^ booth_block4_sign;
  assign \$303  = booth_block4_mand8[0] & booth_block4_sel[0];
  assign \$309  = \t$302  ^ booth_block4_sign;
  assign \$312  = ~ booth_block4_sign;
  assign \$315  = ~ booth_block6[0];
  assign \$317  = ~ booth_block6[1];
  assign \$31  = booth_block0_mand1[1] & booth_block0_sel[1];
  assign \$319  = ~ booth_block6[2];
  assign \$322  = booth_block6[2] & \notblock$314 [1];
  assign \$325  = \notblock$314 [2] & booth_block6[1];
  assign \$327  = \$325  & booth_block6[0];
  assign \$329  = \t$321  & \notblock$314 [0];
  assign \$331  = \$327  | \$329 ;
  assign \$334  = booth_block6[1] ^ booth_block6[0];
  assign \$33  = \$29  | \$31 ;
  assign \$339  = booth_block6_mand0[1] & booth_block6_sel[1];
  assign \$343  = \t$336  ^ booth_block6_sign;
  assign \$346  = booth_block6_mand1[0] & booth_block6_sel[0];
  assign \$348  = booth_block6_mand1[1] & booth_block6_sel[1];
  assign \$350  = \$346  | \$348 ;
  assign \$352  = \t$345  ^ booth_block6_sign;
  assign \$355  = booth_block6_mand2[0] & booth_block6_sel[0];
  assign \$357  = booth_block6_mand2[1] & booth_block6_sel[1];
  assign \$35  = \t$28  ^ booth_block0_sign;
  assign \$359  = \$355  | \$357 ;
  assign \$361  = \t$354  ^ booth_block6_sign;
  assign \$364  = booth_block6_mand3[0] & booth_block6_sel[0];
  assign \$366  = booth_block6_mand3[1] & booth_block6_sel[1];
  assign \$368  = \$364  | \$366 ;
  assign \$370  = \t$363  ^ booth_block6_sign;
  assign \$373  = booth_block6_mand4[0] & booth_block6_sel[0];
  assign \$375  = booth_block6_mand4[1] & booth_block6_sel[1];
  assign \$377  = \$373  | \$375 ;
  assign \$379  = \t$372  ^ booth_block6_sign;
  assign \$382  = booth_block6_mand5[0] & booth_block6_sel[0];
  assign \$384  = booth_block6_mand5[1] & booth_block6_sel[1];
  assign \$386  = \$382  | \$384 ;
  assign \$388  = \t$381  ^ booth_block6_sign;
  assign \$38  = booth_block0_mand2[0] & booth_block0_sel[0];
  assign \$391  = booth_block6_mand6[0] & booth_block6_sel[0];
  assign \$393  = booth_block6_mand6[1] & booth_block6_sel[1];
  assign \$395  = \$391  | \$393 ;
  assign \$397  = \t$390  ^ booth_block6_sign;
  assign \$3  = ~ booth_block0[1];
  assign \$400  = booth_block6_mand7[0] & booth_block6_sel[0];
  assign \$402  = booth_block6_mand7[1] & booth_block6_sel[1];
  assign \$404  = \$400  | \$402 ;
  assign \$406  = \t$399  ^ booth_block6_sign;
  assign \$40  = booth_block0_mand2[1] & booth_block0_sel[1];
  assign \$409  = booth_block6_mand8[0] & booth_block6_sel[0];
  assign \$415  = \t$408  ^ booth_block6_sign;
  assign \$418  = ~ booth_block6_sign;
  assign \$421  = ~ booth_block8[0];
  assign \$42  = \$38  | \$40 ;
  assign \$445  = booth_block8_mand0[1] & booth_block8_sel[1];
  assign \$44  = \t$37  ^ booth_block0_sign;
  assign \$454  = booth_block8_mand1[1] & booth_block8_sel[1];
  assign \$463  = booth_block8_mand2[1] & booth_block8_sel[1];
  assign \$472  = booth_block8_mand3[1] & booth_block8_sel[1];
  assign \$47  = booth_block0_mand3[0] & booth_block0_sel[0];
  assign \$481  = booth_block8_mand4[1] & booth_block8_sel[1];
  assign \$490  = booth_block8_mand5[1] & booth_block8_sel[1];
  assign \$49  = booth_block0_mand3[1] & booth_block0_sel[1];
  assign \$499  = booth_block8_mand6[1] & booth_block8_sel[1];
  assign \$508  = booth_block8_mand7[1] & booth_block8_sel[1];
  assign \$51  = \$47  | \$49 ;
  assign \$526  = pp_row6_0 + pp_row6_1;
  assign \$530  = pp_row7_0 + pp_row7_1;
  assign \$535  = pp_row8_0 + pp_row8_1;
  assign \$537  = \$535  + pp_row8_2;
  assign \$53  = \t$46  ^ booth_block0_sign;
  assign \$542  = pp_row9_0 + pp_row9_1;
  assign \$544  = \$542  + pp_row9_2;
  assign \$549  = pp_row10_0 + pp_row10_1;
  assign \$551  = \$549  + pp_row10_2;
  assign \$556  = pp_row11_0 + pp_row11_1;
  assign \$558  = \$556  + pp_row11_2;
  assign \$562  = 1'h1 + pp_row12_1;
  assign \$566  = pp_row4_0 + pp_row4_1;
  assign \$56  = booth_block0_mand4[0] & booth_block0_sel[0];
  assign \$570  = pp_row5_0 + pp_row5_1;
  assign \$575  = pp_row6_2 + pp_row6_3;
  assign \$577  = \$575  + pp_row6_4;
  assign \$582  = pp_row7_2 + pp_row7_3;
  assign \$584  = \$582  + c;
  assign \$58  = booth_block0_mand4[1] & booth_block0_sel[1];
  assign \$589  = pp_row8_3 + pp_row8_4;
  assign \$591  = \$589  + \c$529 ;
  assign \$596  = pp_row9_3 + pp_row9_4;
  assign \$598  = \$596  + \c$533 ;
  assign \$5  = ~ booth_block0[2];
  assign \$603  = pp_row10_3 + pp_row10_4;
  assign \$605  = \$603  + \c$540 ;
  assign \$60  = \$56  | \$58 ;
  assign \$610  = pp_row11_3 + pp_row11_4;
  assign \$612  = \$610  + \c$547 ;
  assign \$617  = pp_row12_2 + pp_row12_3;
  assign \$619  = \$617  + \c$554 ;
  assign \$624  = pp_row13_0 + pp_row13_1;
  assign \$626  = \$624  + pp_row13_2;
  assign \$62  = \t$55  ^ booth_block0_sign;
  assign \$630  = 1'h1 + pp_row14_1;
  assign \$634  = pp_row2_0 + pp_row2_1;
  assign \$638  = pp_row3_0 + pp_row3_1;
  assign \$643  = pp_row4_2 + pp_row4_3;
  assign \$645  = \$643  + \s$564 ;
  assign \$650  = pp_row5_2 + \c$565 ;
  assign \$652  = \$650  + \s$568 ;
  assign \$657  = s + \c$569 ;
  assign \$65  = booth_block0_mand5[0] & booth_block0_sel[0];
  assign \$659  = \$657  + \s$572 ;
  assign \$664  = \s$528  + \c$573 ;
  assign \$666  = \$664  + \s$579 ;
  assign \$671  = \s$532  + \c$580 ;
  assign \$673  = \$671  + \s$586 ;
  assign \$678  = \s$539  + \c$587 ;
  assign \$67  = booth_block0_mand5[1] & booth_block0_sel[1];
  assign \$680  = \$678  + \s$593 ;
  assign \$685  = \s$546  + \c$594 ;
  assign \$687  = \$685  + \s$600 ;
  assign \$692  = \s$553  + \c$601 ;
  assign \$694  = \$692  + \s$607 ;
  assign \$69  = \$65  | \$67 ;
  assign \$699  = \s$560  + \c$608 ;
  assign \$701  = \$699  + \s$614 ;
  assign \$706  = \c$561  + \c$615 ;
  assign \$708  = \$706  + \s$621 ;
  assign \$713  = pp_row14_2 + \c$622 ;
  assign \$715  = \$713  + \s$628 ;
  assign \$71  = \t$64  ^ booth_block0_sign;
  assign \$720  = pp_row15_0 + pp_row15_1;
  assign \$722  = \$720  + \c$629 ;
  assign \$74  = booth_block0_mand6[0] & booth_block0_sel[0];
  assign \$76  = booth_block0_mand6[1] & booth_block0_sel[1];
  assign \$78  = \$74  | \$76 ;
  assign \$7  = booth_block0[2] & notblock[1];
  assign \$80  = \t$73  ^ booth_block0_sign;
  assign \$83  = booth_block0_mand7[0] & booth_block0_sel[0];
  assign \$85  = booth_block0_mand7[1] & booth_block0_sel[1];
  assign \$87  = \$83  | \$85 ;
  assign \$89  = \t$82  ^ booth_block0_sign;
  assign \$92  = booth_block0_mand8[0] & booth_block0_sel[0];
  assign \$98  = \t$91  ^ booth_block0_sign;
  final_adder_3 final_adder (
    .a(final_adder_a),
    .b(final_adder_b),
    .o(final_adder_o)
  );
  assign \$534  = \$537 ;
  assign \$541  = \$544 ;
  assign \$548  = \$551 ;
  assign \$555  = \$558 ;
  assign \$574  = \$577 ;
  assign \$581  = \$584 ;
  assign \$588  = \$591 ;
  assign \$595  = \$598 ;
  assign \$602  = \$605 ;
  assign \$609  = \$612 ;
  assign \$616  = \$619 ;
  assign \$623  = \$626 ;
  assign \$642  = \$645 ;
  assign \$649  = \$652 ;
  assign \$656  = \$659 ;
  assign \$663  = \$666 ;
  assign \$670  = \$673 ;
  assign \$677  = \$680 ;
  assign \$684  = \$687 ;
  assign \$691  = \$694 ;
  assign \$698  = \$701 ;
  assign \$705  = \$708 ;
  assign \$712  = \$715 ;
  assign \$719  = \$722 ;
  assign o = result_registered;
  assign result_registered = result;
  assign result = final_adder_o;
  assign final_adder_b = final_b_registered;
  assign final_adder_a = final_a_registered;
  assign final_b_registered = { \s$717 , \s$710 , \s$703 , \s$696 , \s$689 , \s$682 , \s$675 , \s$668 , \s$661 , \s$654 , \s$647 , \s$640 , \s$636 , \s$632 , 1'h0, pp_row0_1 };
  assign final_a_registered = { \c$711 , \c$704 , \c$697 , \c$690 , \c$683 , \c$676 , \c$669 , \c$662 , \c$655 , \c$648 , \c$641 , \c$637 , \c$633 , pp_row2_2, pp_row1_0, pp_row0_0 };
  assign { \c$725 , \s$724  } = \$726 ;
  assign { \c$718 , \s$717  } = \$722 [1:0];
  assign { \c$711 , \s$710  } = \$715 [1:0];
  assign { \c$704 , \s$703  } = \$708 [1:0];
  assign { \c$697 , \s$696  } = \$701 [1:0];
  assign { \c$690 , \s$689  } = \$694 [1:0];
  assign { \c$683 , \s$682  } = \$687 [1:0];
  assign { \c$676 , \s$675  } = \$680 [1:0];
  assign { \c$669 , \s$668  } = \$673 [1:0];
  assign { \c$662 , \s$661  } = \$666 [1:0];
  assign { \c$655 , \s$654  } = \$659 [1:0];
  assign { \c$648 , \s$647  } = \$652 [1:0];
  assign { \c$641 , \s$640  } = \$645 [1:0];
  assign { \c$637 , \s$636  } = \$638 ;
  assign { \c$633 , \s$632  } = \$634 ;
  assign { \c$629 , \s$628  } = \$630 ;
  assign { \c$622 , \s$621  } = \$626 [1:0];
  assign { \c$615 , \s$614  } = \$619 [1:0];
  assign { \c$608 , \s$607  } = \$612 [1:0];
  assign { \c$601 , \s$600  } = \$605 [1:0];
  assign { \c$594 , \s$593  } = \$598 [1:0];
  assign { \c$587 , \s$586  } = \$591 [1:0];
  assign { \c$580 , \s$579  } = \$584 [1:0];
  assign { \c$573 , \s$572  } = \$577 [1:0];
  assign { \c$569 , \s$568  } = \$570 ;
  assign { \c$565 , \s$564  } = \$566 ;
  assign { \c$561 , \s$560  } = \$562 ;
  assign { \c$554 , \s$553  } = \$558 [1:0];
  assign { \c$547 , \s$546  } = \$551 [1:0];
  assign { \c$540 , \s$539  } = \$544 [1:0];
  assign { \c$533 , \s$532  } = \$537 [1:0];
  assign { \c$529 , \s$528  } = \$530 ;
  assign { c, s } = \$526 ;
  assign pp_row16_1 = booth_b8_m8;
  assign pp_row16_0 = 1'h1;
  assign pp_row15_1 = booth_b8_m7;
  assign pp_row15_0 = \notsign$417 ;
  assign pp_row14_2 = booth_b8_m6;
  assign pp_row14_1 = booth_b6_m8;
  assign pp_row14_0 = 1'h1;
  assign pp_row13_2 = booth_b8_m5;
  assign pp_row13_1 = booth_b6_m7;
  assign pp_row13_0 = \notsign$311 ;
  assign pp_row12_3 = booth_b8_m4;
  assign pp_row12_2 = booth_b6_m6;
  assign pp_row12_1 = booth_b4_m8;
  assign pp_row12_0 = 1'h1;
  assign pp_row11_4 = booth_b8_m3;
  assign pp_row11_3 = booth_b6_m5;
  assign pp_row11_2 = booth_b4_m7;
  assign pp_row11_1 = \notsign$205 ;
  assign pp_row11_0 = notsign;
  assign pp_row10_4 = booth_b8_m2;
  assign pp_row10_3 = booth_b6_m4;
  assign pp_row10_2 = booth_b4_m6;
  assign pp_row10_1 = booth_b2_m8;
  assign pp_row10_0 = booth_block0_sign;
  assign pp_row9_4 = booth_b8_m1;
  assign pp_row9_3 = booth_b6_m3;
  assign pp_row9_2 = booth_b4_m5;
  assign pp_row9_1 = booth_b2_m7;
  assign pp_row9_0 = booth_block0_sign;
  assign pp_row8_4 = booth_b8_m0;
  assign pp_row8_3 = booth_b6_m2;
  assign pp_row8_2 = booth_b4_m4;
  assign pp_row8_1 = booth_b2_m6;
  assign pp_row8_0 = booth_b0_m8;
  assign pp_row7_3 = booth_b6_m1;
  assign pp_row7_2 = booth_b4_m3;
  assign pp_row7_1 = booth_b2_m5;
  assign pp_row7_0 = booth_b0_m7;
  assign pp_row6_4 = booth_block6_sign;
  assign pp_row6_3 = booth_b6_m0;
  assign pp_row6_2 = booth_b4_m2;
  assign pp_row6_1 = booth_b2_m4;
  assign pp_row6_0 = booth_b0_m6;
  assign pp_row5_2 = booth_b4_m1;
  assign pp_row5_1 = booth_b2_m3;
  assign pp_row5_0 = booth_b0_m5;
  assign pp_row4_3 = booth_block4_sign;
  assign pp_row4_2 = booth_b4_m0;
  assign pp_row4_1 = booth_b2_m2;
  assign pp_row4_0 = booth_b0_m4;
  assign pp_row3_1 = booth_b2_m1;
  assign pp_row3_0 = booth_b0_m3;
  assign pp_row2_2 = booth_block2_sign;
  assign pp_row2_1 = booth_b2_m0;
  assign pp_row2_0 = booth_b0_m2;
  assign pp_row1_0 = booth_b0_m1;
  assign pp_row0_1 = booth_block0_sign;
  assign pp_row0_0 = booth_b0_m0;
  assign \notsign$523  = \$524 ;
  assign booth_b8_m8 = \$521 ;
  assign \t$514  = \$519 ;
  assign booth_block8_mand8 = multiplicand[9:8];
  assign booth_b8_m7 = \$512 ;
  assign \t$505  = \$510 ;
  assign booth_block8_mand7 = multiplicand[8:7];
  assign booth_b8_m6 = \$503 ;
  assign \t$496  = \$501 ;
  assign booth_block8_mand6 = multiplicand[7:6];
  assign booth_b8_m5 = \$494 ;
  assign \t$487  = \$492 ;
  assign booth_block8_mand5 = multiplicand[6:5];
  assign booth_b8_m4 = \$485 ;
  assign \t$478  = \$483 ;
  assign booth_block8_mand4 = multiplicand[5:4];
  assign booth_b8_m3 = \$476 ;
  assign \t$469  = \$474 ;
  assign booth_block8_mand3 = multiplicand[4:3];
  assign booth_b8_m2 = \$467 ;
  assign \t$460  = \$465 ;
  assign booth_block8_mand2 = multiplicand[3:2];
  assign booth_b8_m1 = \$458 ;
  assign \t$451  = \$456 ;
  assign booth_block8_mand1 = multiplicand[2:1];
  assign booth_b8_m0 = \$449 ;
  assign \t$442  = \$447 ;
  assign booth_block8_mand0 = multiplicand[1:0];
  assign booth_block8_sel = { \sel_1$439 , \sel_0$430  };
  assign \sel_1$439  = \$440 ;
  assign \sel_0$430  = \$437 ;
  assign \t$427  = \$428 ;
  assign \notblock$420 [2] = \$425 ;
  assign \notblock$420 [1] = \$423 ;
  assign \notblock$420 [0] = \$421 ;
  assign booth_block8_sign = booth_block8[2];
  assign booth_block8 = multiplier[10:8];
  assign \notsign$417  = \$418 ;
  assign booth_b6_m8 = \$415 ;
  assign \t$408  = \$413 ;
  assign booth_block6_mand8 = multiplicand[9:8];
  assign booth_b6_m7 = \$406 ;
  assign \t$399  = \$404 ;
  assign booth_block6_mand7 = multiplicand[8:7];
  assign booth_b6_m6 = \$397 ;
  assign \t$390  = \$395 ;
  assign booth_block6_mand6 = multiplicand[7:6];
  assign booth_b6_m5 = \$388 ;
  assign \t$381  = \$386 ;
  assign booth_block6_mand5 = multiplicand[6:5];
  assign booth_b6_m4 = \$379 ;
  assign \t$372  = \$377 ;
  assign booth_block6_mand4 = multiplicand[5:4];
  assign booth_b6_m3 = \$370 ;
  assign \t$363  = \$368 ;
  assign booth_block6_mand3 = multiplicand[4:3];
  assign booth_b6_m2 = \$361 ;
  assign \t$354  = \$359 ;
  assign booth_block6_mand2 = multiplicand[3:2];
  assign booth_b6_m1 = \$352 ;
  assign \t$345  = \$350 ;
  assign booth_block6_mand1 = multiplicand[2:1];
  assign booth_b6_m0 = \$343 ;
  assign \t$336  = \$341 ;
  assign booth_block6_mand0 = multiplicand[1:0];
  assign booth_block6_sel = { \sel_1$333 , \sel_0$324  };
  assign \sel_1$333  = \$334 ;
  assign \sel_0$324  = \$331 ;
  assign \t$321  = \$322 ;
  assign \notblock$314 [2] = \$319 ;
  assign \notblock$314 [1] = \$317 ;
  assign \notblock$314 [0] = \$315 ;
  assign booth_block6_sign = booth_block6[2];
  assign booth_block6 = multiplier[8:6];
  assign \notsign$311  = \$312 ;
  assign booth_b4_m8 = \$309 ;
  assign \t$302  = \$307 ;
  assign booth_block4_mand8 = multiplicand[9:8];
  assign booth_b4_m7 = \$300 ;
  assign \t$293  = \$298 ;
  assign booth_block4_mand7 = multiplicand[8:7];
  assign booth_b4_m6 = \$291 ;
  assign \t$284  = \$289 ;
  assign booth_block4_mand6 = multiplicand[7:6];
  assign booth_b4_m5 = \$282 ;
  assign \t$275  = \$280 ;
  assign booth_block4_mand5 = multiplicand[6:5];
  assign booth_b4_m4 = \$273 ;
  assign \t$266  = \$271 ;
  assign booth_block4_mand4 = multiplicand[5:4];
  assign booth_b4_m3 = \$264 ;
  assign \t$257  = \$262 ;
  assign booth_block4_mand3 = multiplicand[4:3];
  assign booth_b4_m2 = \$255 ;
  assign \t$248  = \$253 ;
  assign booth_block4_mand2 = multiplicand[3:2];
  assign booth_b4_m1 = \$246 ;
  assign \t$239  = \$244 ;
  assign booth_block4_mand1 = multiplicand[2:1];
  assign booth_b4_m0 = \$237 ;
  assign \t$230  = \$235 ;
  assign booth_block4_mand0 = multiplicand[1:0];
  assign booth_block4_sel = { \sel_1$227 , \sel_0$218  };
  assign \sel_1$227  = \$228 ;
  assign \sel_0$218  = \$225 ;
  assign \t$215  = \$216 ;
  assign \notblock$208 [2] = \$213 ;
  assign \notblock$208 [1] = \$211 ;
  assign \notblock$208 [0] = \$209 ;
  assign booth_block4_sign = booth_block4[2];
  assign booth_block4 = multiplier[6:4];
  assign \notsign$205  = \$206 ;
  assign booth_b2_m8 = \$203 ;
  assign \t$196  = \$201 ;
  assign booth_block2_mand8 = multiplicand[9:8];
  assign booth_b2_m7 = \$194 ;
  assign \t$187  = \$192 ;
  assign booth_block2_mand7 = multiplicand[8:7];
  assign booth_b2_m6 = \$185 ;
  assign \t$178  = \$183 ;
  assign booth_block2_mand6 = multiplicand[7:6];
  assign booth_b2_m5 = \$176 ;
  assign \t$169  = \$174 ;
  assign booth_block2_mand5 = multiplicand[6:5];
  assign booth_b2_m4 = \$167 ;
  assign \t$160  = \$165 ;
  assign booth_block2_mand4 = multiplicand[5:4];
  assign booth_b2_m3 = \$158 ;
  assign \t$151  = \$156 ;
  assign booth_block2_mand3 = multiplicand[4:3];
  assign booth_b2_m2 = \$149 ;
  assign \t$142  = \$147 ;
  assign booth_block2_mand2 = multiplicand[3:2];
  assign booth_b2_m1 = \$140 ;
  assign \t$133  = \$138 ;
  assign booth_block2_mand1 = multiplicand[2:1];
  assign booth_b2_m0 = \$131 ;
  assign \t$124  = \$129 ;
  assign booth_block2_mand0 = multiplicand[1:0];
  assign booth_block2_sel = { \sel_1$121 , \sel_0$112  };
  assign \sel_1$121  = \$122 ;
  assign \sel_0$112  = \$119 ;
  assign \t$109  = \$110 ;
  assign \notblock$102 [2] = \$107 ;
  assign \notblock$102 [1] = \$105 ;
  assign \notblock$102 [0] = \$103 ;
  assign booth_block2_sign = booth_block2[2];
  assign booth_block2 = multiplier[4:2];
  assign notsign = \$100 ;
  assign booth_b0_m8 = \$98 ;
  assign \t$91  = \$96 ;
  assign booth_block0_mand8 = multiplicand[9:8];
  assign booth_b0_m7 = \$89 ;
  assign \t$82  = \$87 ;
  assign booth_block0_mand7 = multiplicand[8:7];
  assign booth_b0_m6 = \$80 ;
  assign \t$73  = \$78 ;
  assign booth_block0_mand6 = multiplicand[7:6];
  assign booth_b0_m5 = \$71 ;
  assign \t$64  = \$69 ;
  assign booth_block0_mand5 = multiplicand[6:5];
  assign booth_b0_m4 = \$62 ;
  assign \t$55  = \$60 ;
  assign booth_block0_mand4 = multiplicand[5:4];
  assign booth_b0_m3 = \$53 ;
  assign \t$46  = \$51 ;
  assign booth_block0_mand3 = multiplicand[4:3];
  assign booth_b0_m2 = \$44 ;
  assign \t$37  = \$42 ;
  assign booth_block0_mand2 = multiplicand[3:2];
  assign booth_b0_m1 = \$35 ;
  assign \t$28  = \$33 ;
  assign booth_block0_mand1 = multiplicand[2:1];
  assign booth_b0_m0 = \$26 ;
  assign \t$19  = \$24 ;
  assign booth_block0_mand0 = multiplicand[1:0];
  assign booth_block0_sel = { sel_1, sel_0 };
  assign sel_1 = \$17 ;
  assign sel_0 = \$15 ;
  assign t = \$7 ;
  assign notblock[2] = \$5 ;
  assign notblock[1] = \$3 ;
  assign notblock[0] = \$1 ;
  assign booth_block0_sign = booth_block0[2];
  assign booth_block0 = multiplier[2:0];
  assign multiplicand = { 1'h0, b_registered, 1'h0 };
  assign multiplier = { 2'h0, a_registered, 1'h0 };
  assign b_registered = b;
  assign a_registered = a;
  assign \$11  = 1'h0;
  assign \$1  = 1'h1;
  assign \$13  = \$7 ;
  assign \$15  = \$7 ;
  assign \$20  = 1'h0;
  assign \$17  = a[0];
  assign \$24  = \$22 ;
  assign \$94  = 1'h0;
  assign \$96  = \$92 ;
  assign \$125  = 1'h0;
  assign \$129  = \$127 ;
  assign \$199  = 1'h0;
  assign \$201  = \$197 ;
  assign \$231  = 1'h0;
  assign \$235  = \$233 ;
  assign \$305  = 1'h0;
  assign \$307  = \$303 ;
  assign \$337  = 1'h0;
  assign \$341  = \$339 ;
  assign \$411  = 1'h0;
  assign \$413  = \$409 ;
  assign \$423  = 1'h1;
  assign \$425  = 1'h1;
  assign \$428  = 1'h0;
  assign \$431  = 1'h0;
  assign \$433  = 1'h0;
  assign \$435  = 1'h0;
  assign \$437  = 1'h0;
  assign \$440  = a[7];
  assign \$443  = 1'h0;
  assign \$447  = \$445 ;
  assign \$449  = \$445 ;
  assign \$452  = 1'h0;
  assign \$456  = \$454 ;
  assign \$458  = \$454 ;
  assign \$461  = 1'h0;
  assign \$465  = \$463 ;
  assign \$467  = \$463 ;
  assign \$470  = 1'h0;
  assign \$474  = \$472 ;
  assign \$476  = \$472 ;
  assign \$479  = 1'h0;
  assign \$483  = \$481 ;
  assign \$485  = \$481 ;
  assign \$488  = 1'h0;
  assign \$492  = \$490 ;
  assign \$494  = \$490 ;
  assign \$497  = 1'h0;
  assign \$501  = \$499 ;
  assign \$503  = \$499 ;
  assign \$506  = 1'h0;
  assign \$510  = \$508 ;
  assign \$512  = \$508 ;
  assign \$515  = 1'h0;
  assign \$517  = 1'h0;
  assign \$519  = 1'h0;
  assign \$521  = 1'h0;
  assign \$524  = 1'h1;
  assign \$726  = 2'h1;
endmodule